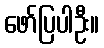
ဖော်ပြပါဦး။